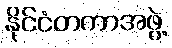
နိုင်ငံတကာအဖွဲ့